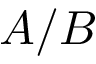
A / B